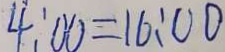
4 : 0 0 = 1 6 : 0 0